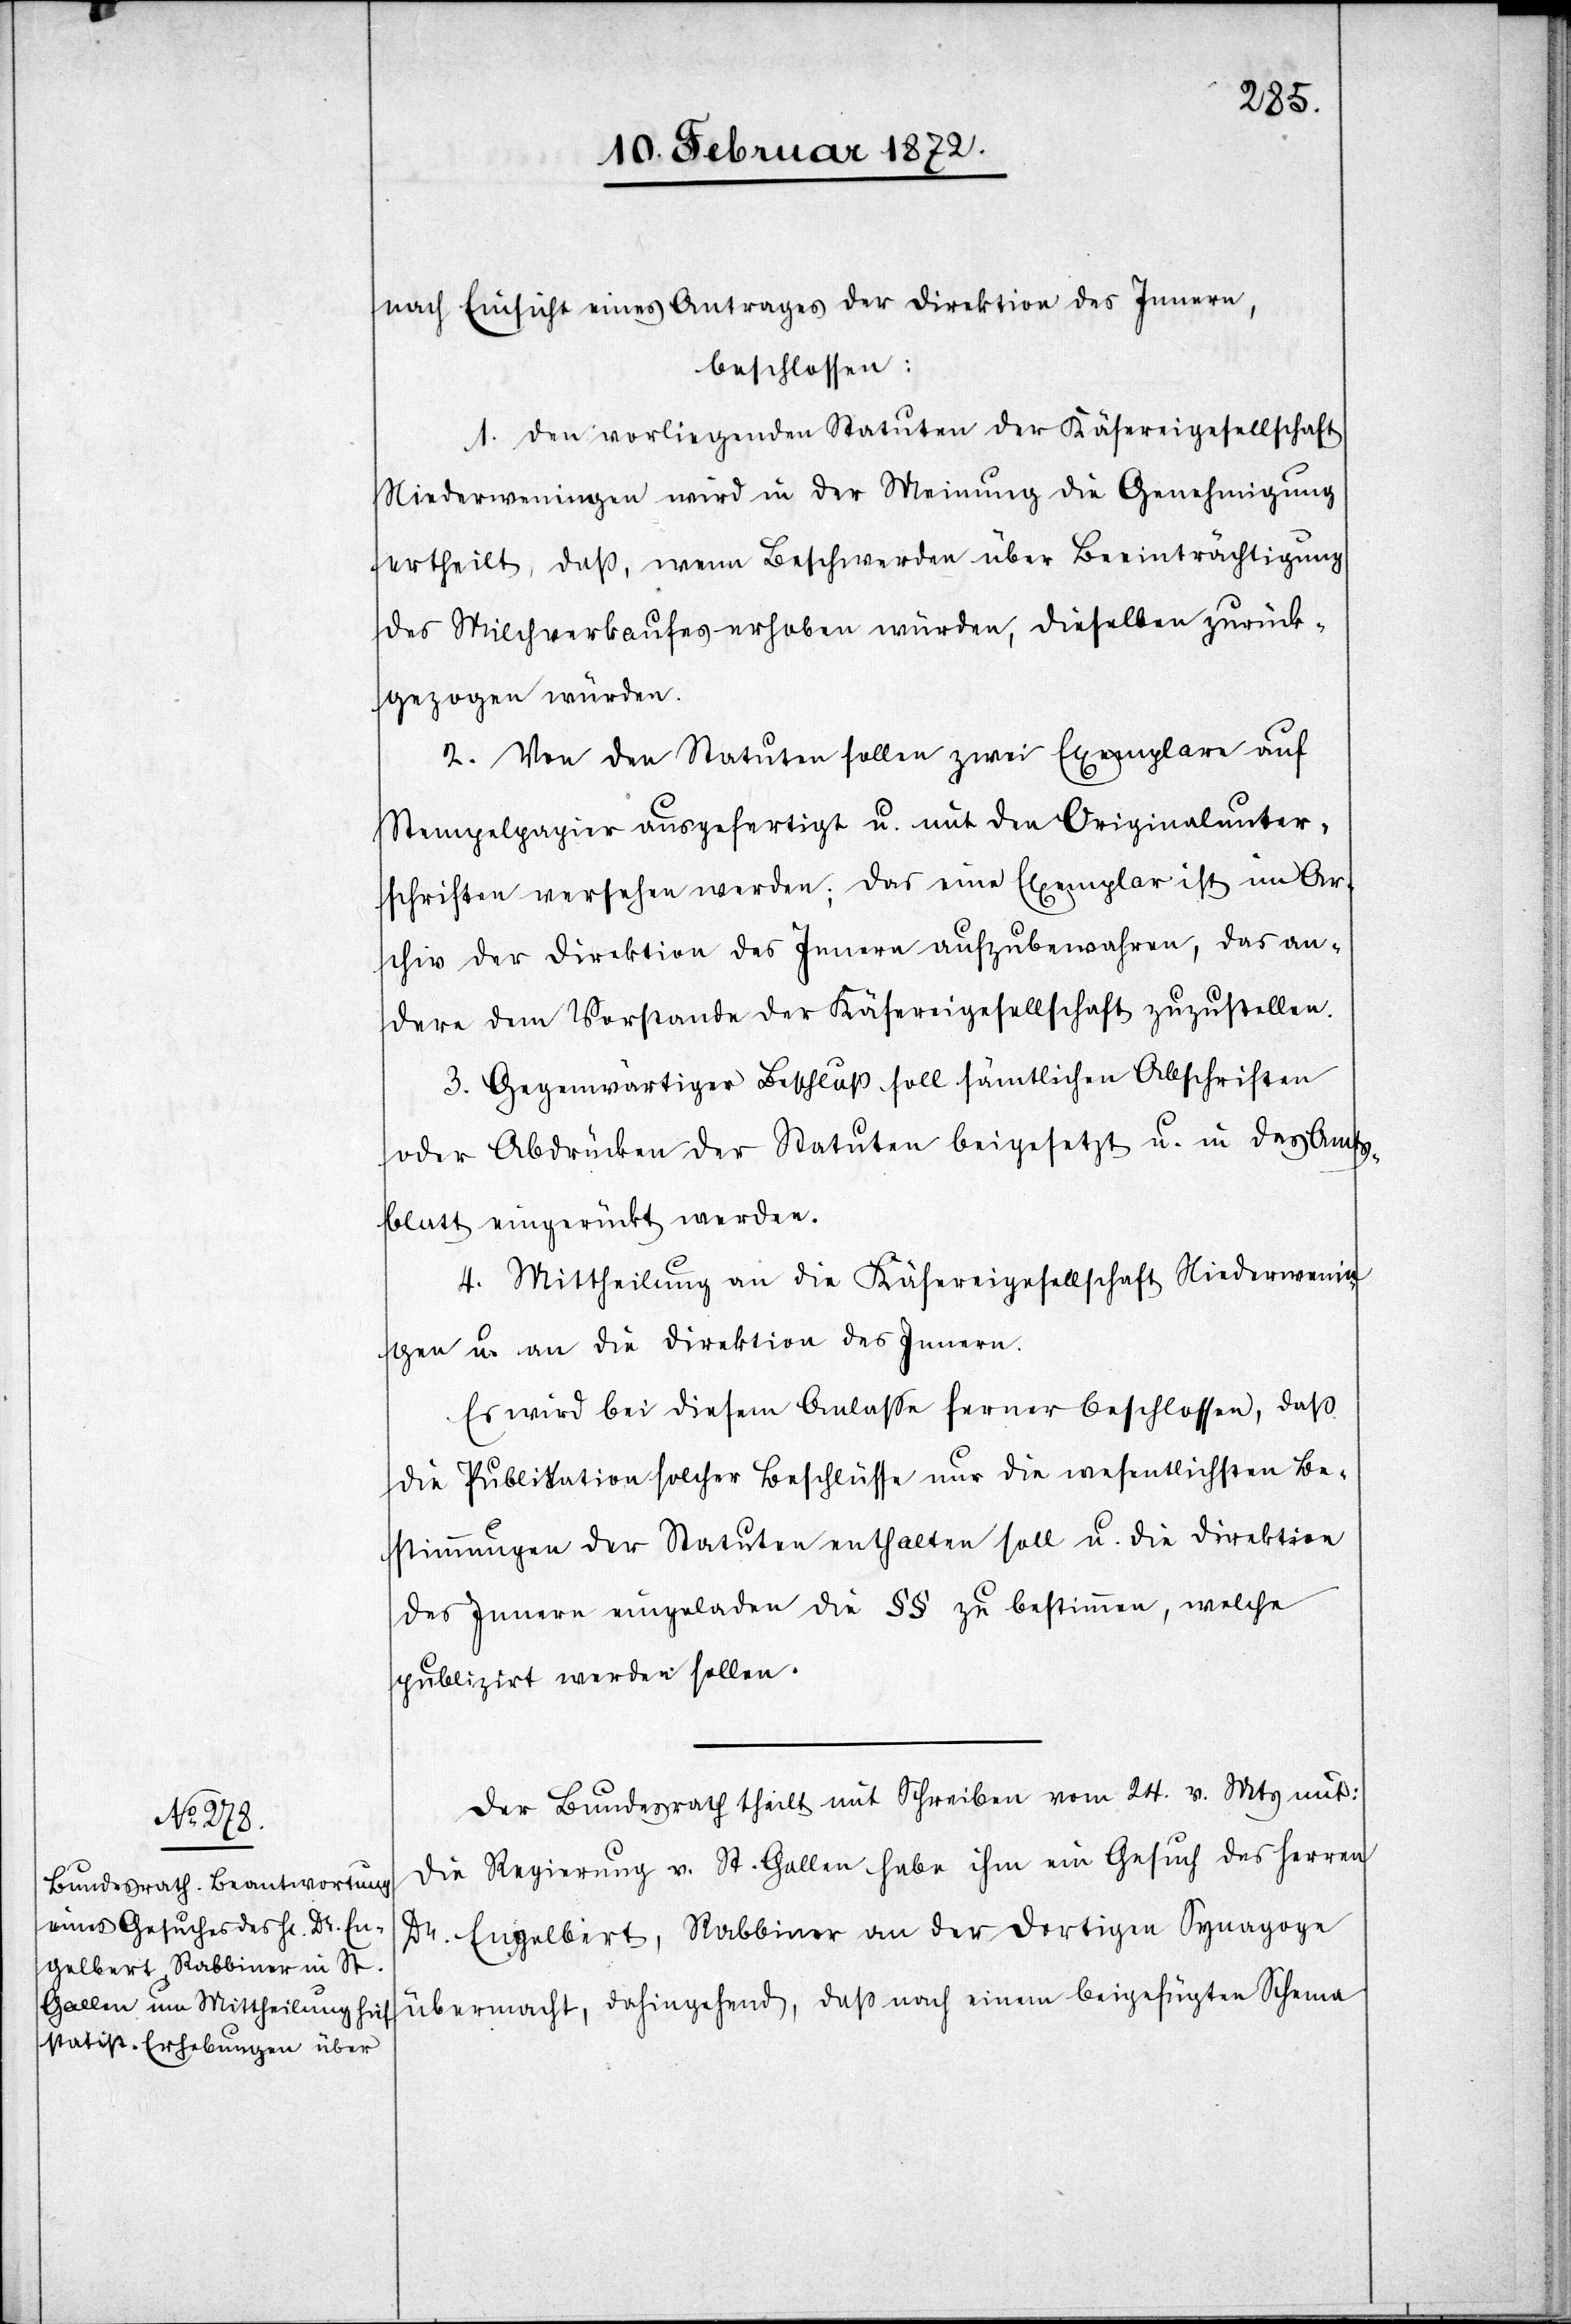
nach Einsicht eines Antrages der Direktion des Innern,
beschlossen:
1. Den vorliegenden Statuten der Käsereigesellschaft
Niederweningen wird in der Meinung die Genehmigung
ertheilt, daß, wenn Beschwerden über Beeinträchtigung
des Milchverkaufes erhoben würden, dieselben zurück¬
gezogen würden.
2. Von den Statuten sollen zwei Exemplare auf
Stempelpapier ausgefertigt u. mit den Originalunter¬
schriften versehen werden; das eine Exemplar ist im Ar¬
chiv der Direktion des Innern aufzubewahren, das an¬
dere dem Vorstande der Käsereigesellschaft zuzustellen.
3. Gegenwärtiger Beschluß soll sämtlichen Abschriften
oder Abdrücken der Statuten beigesetzt u. in das Amts¬
blatt eingerückt werden.
4. Mittheilung an die Käsereigesellschaft Niederwenin¬
gen u. an die Direktion des Innern.
Es wird bei diesem Anlasse ferner beschlossen, daß
die Publikation solcher Beschlüsse nur die wesentlichsten Be¬
stimmungen der Statuten enthalten soll u. die Direktion
des Innern eingeladen die §§ zu bestimmen, welche
publizirt werden sollen.
Der Bundesrath theilt mit Schreiben vom 24. v. Mts mit:
Die Regierung v. St. Gallen habe ihm ein Gesuch des Herren
Dr. Engelbert, Rabbiner an der dortigen Synagoge
übermacht, dahingehend, daß nach einem beigefügten Schema